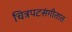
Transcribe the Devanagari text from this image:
चित्रपटसंगीतात